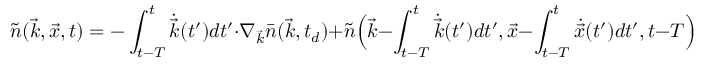
\tilde { n } ( \vec { k } , \vec { x } , t ) = - \int _ { t - T } ^ { t } \dot { \vec { k } } ( t ^ { \prime } ) d t ^ { \prime } \cdot \nabla _ { \vec { k } } \bar { n } ( \vec { k } , t _ { d } ) + \tilde { n } \Big ( \vec { k } - \int _ { t - T } ^ { t } \dot { \vec { k } } ( t ^ { \prime } ) d t ^ { \prime } , \vec { x } - \int _ { t - T } ^ { t } \dot { \vec { x } } ( t ^ { \prime } ) d t ^ { \prime } , t - T \Big ) .